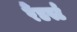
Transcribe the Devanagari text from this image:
रैंडर्स्ट